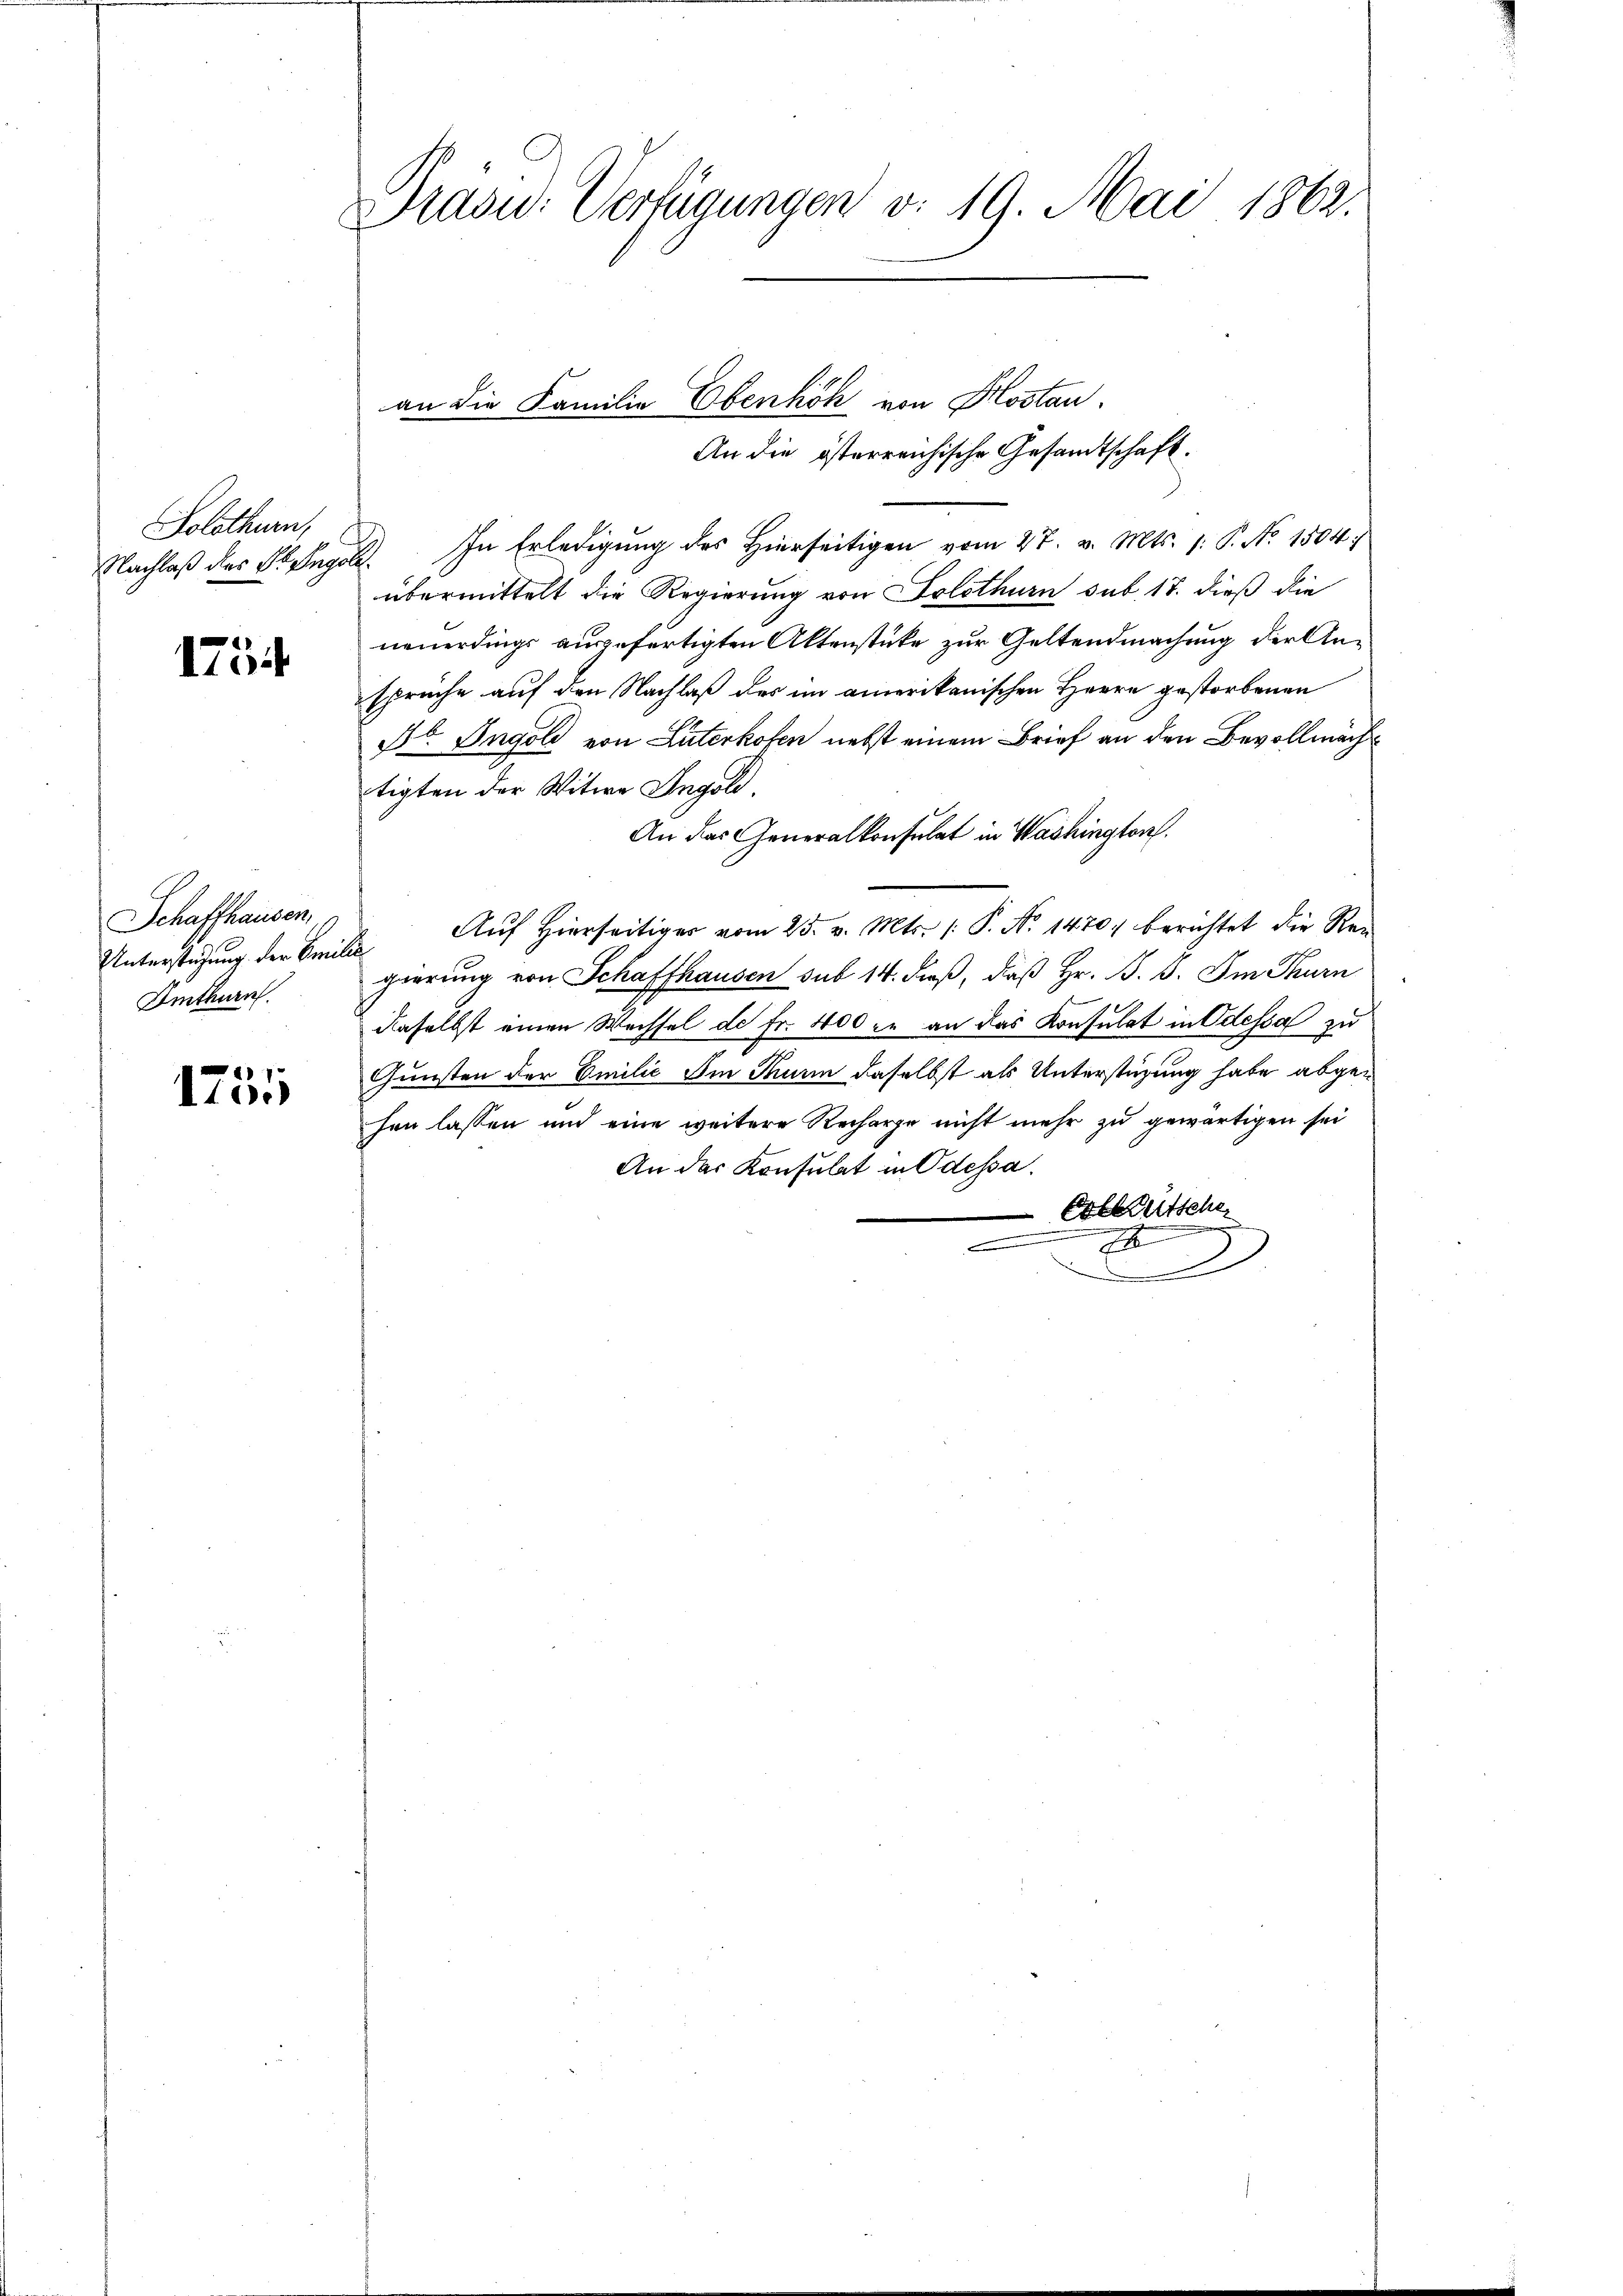
Solothurn,
Nachlaß des H. Ingold

1754

Schaffhausen,
Unterstützung der Emilie
Imthurn.

1755

Sasid. Verfügungen v. 19. Mai 1862.

an die Familie Ebenhöh von Hostan

An die österreichische Gesandtschaft.
In Erledigung des Hierseitigen vom 27. v. Mts. 1. P. No. 1504;
übermittelt die Regierung von Solothurn sub. 18. dieß die
neuerdings ausgefertigten Aktenstüke zur Geltendmachung der Anspruche auf den Nachlaß des im amerikanischen Herrn gestorbenen
dt. Ingoli von Luterkofen nebst einem Brief an den Bevollmächtigten der Witwe Ingold.
An das Generalkonsulat in Washington
Auf hierseitiges vom 25. v. Mts. (: P. No 1470. berichtet die Rei
t
gierung von Schaffhausen sub 14. dieß, daß Hr. B. S. Im Thurn
daselbst einen Wechsel de fr. 400 zu an das Konsulat in Odessa zu
Gunsten der Emilić Im Thurm daselbst als Unterstüzung habe abgehen lassen und eine weitere Recharge nicht mehr zu gewärtigen sei
An das Konsulat in Odessa.
Erleutsche
1
.